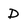
Character: D